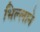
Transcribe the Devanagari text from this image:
भिल्लाने